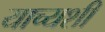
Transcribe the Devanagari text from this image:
याच्यशी